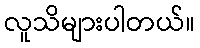
လူသိများပါတယ်။